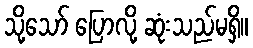
သို့သော် ပြောလို့ ဆုံးသည်မရှိ။